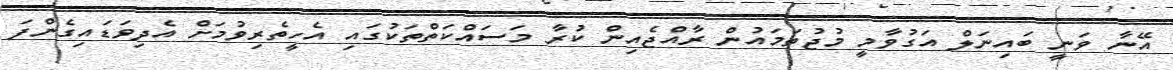
އޭނާ ވަނީ ބައިނަލް އަގުވާމީ މުޖުތަމައުން ރާއްޖެއިން ކުރާ މަސައްކަތްތަކުގައި އެހީތެރިވުމަށް އެދިވަޑައިގެންފަ